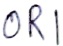
Text: OR1